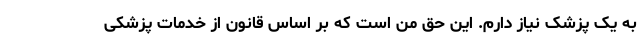
به یک پزشک نیاز دارم. این حق من است که بر اساس قانون از خدمات پزشکی